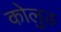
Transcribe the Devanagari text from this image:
कोलुङ